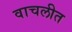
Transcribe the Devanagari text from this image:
वाचलीत